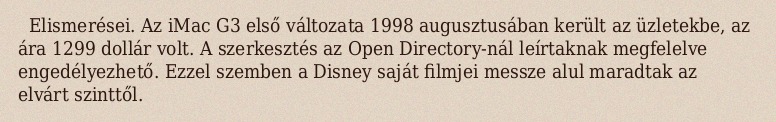
Elismerései. Az iMac G3 első változata 1998 augusztusában került az üzletekbe, az ára 1299 dollár volt. A szerkesztés az Open Directory-nál leírtaknak megfelelve engedélyezhető. Ezzel szemben a Disney saját filmjei messze alul maradtak az elvárt szinttől.